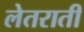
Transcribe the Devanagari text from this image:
लेतराती